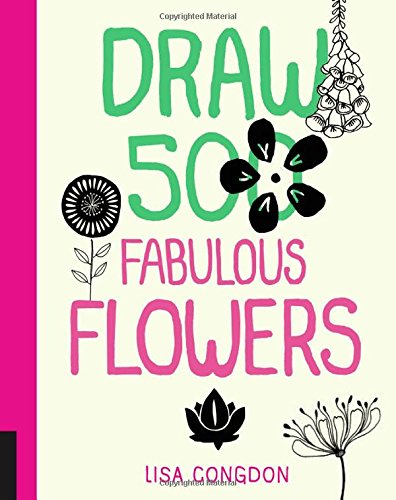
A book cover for Draw 500 Fabulous Flowers: A Sketchbook for Artists, Designers, and Doodlers; Lisa Congdon; Arts & Photography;